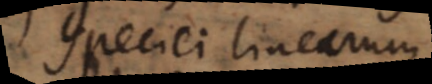
speciei linearum